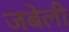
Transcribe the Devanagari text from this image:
जबेली